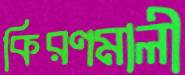
কিরণমালী